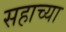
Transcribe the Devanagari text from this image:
सहाच्या